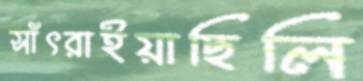
সাঁৎরাইয়াছিলি